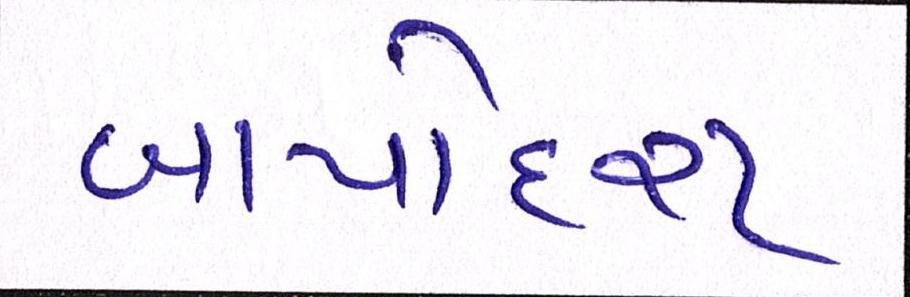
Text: બાપોદરા